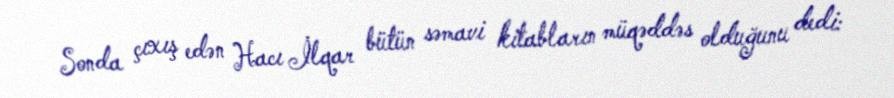
Sonda çıxış edən Hacı İlqar bütün səmavi kitabların müqəddəs olduğunu dedi: